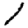
Digit: 1